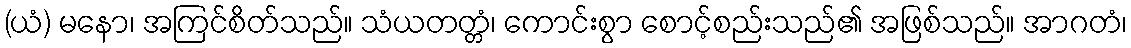
(ယံ) မနော၊ အကြင်စိတ်သည်။ သံယတတ္တံ၊ ကောင်းစွာ စောင့်စည်းသည်၏ အဖြစ်သည်။ အာဂတံ၊